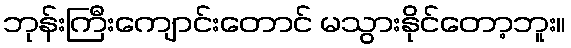
ဘုန်းကြီးကျောင်းတောင် မသွားနိုင်တော့ဘူး။